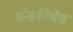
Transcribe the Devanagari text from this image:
सॅन्डविचेस